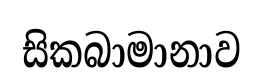
සිකබාමානාව